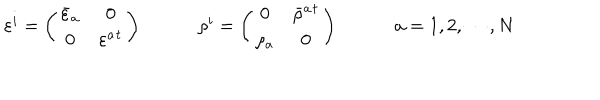
\begin{array} { c c c } { { \varepsilon ^ { i } = \left( \begin{array} { c c } { { \bar { \varepsilon } _ { a } } } & { { 0 } } \\ { { 0 } } & { { \varepsilon ^ { a } { } ^ { t } } } \\ \end{array} \right) ~ } } & { { ~ \rho ^ { i } = \left( \begin{array} { c c } { { 0 } } & { { \bar { \rho } ^ { a } { } ^ { t } } } \\ { { \rho _ { a } } } & { { 0 } } \\ \end{array} \right) ~ } } & { { ~ a = 1 , 2 , \cdots , N } } \\ \end{array}